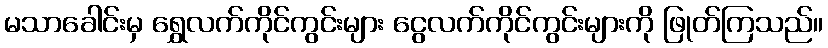
မသာခေါင်းမှ ရွှေလက်ကိုင်ကွင်းများ ငွေလက်ကိုင်ကွင်းများကို ဖြုတ်ကြသည်။